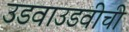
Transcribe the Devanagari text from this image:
उडवाउडवीची